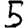
Digit: 5